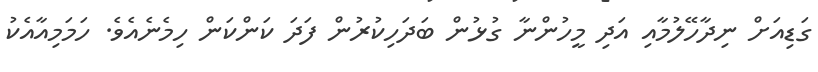
ގަޑިއަށް ނިދާހޭލުމާއި އަދި މީހުންނާ ގުޅުން ބަދަހިކުރުން ފަދަ ކަންކަން ހިމެނެއެވެ. ހަމަމިއާއެކު